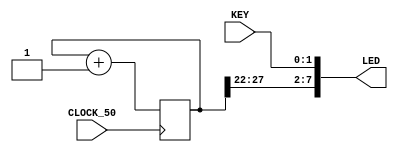

module Key_Leds(
   //////////// CLOCK ////////
	input CLOCK_50,
	//////////// LED //////////
	output [7:0] LED,
	//////////// KEY //////////
	input [1:0]	KEY
);

//=======================================================
//  REG/WIRE declarations
//=======================================================
	reg [27:0] count;

//=======================================================
//  Structural coding
//=======================================================

    assign LED = { count[27:22], KEY };
	 
	 always @(posedge CLOCK_50) 
    begin
        count <= count + 28'b1;
    end

endmodule